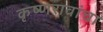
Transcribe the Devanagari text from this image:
कृष्णरावांचा